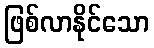
ဖြစ်လာနိုင်သော